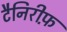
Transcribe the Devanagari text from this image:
टैनिरीफ़